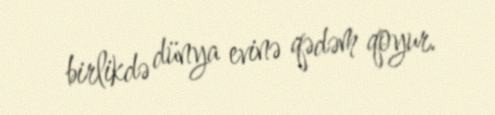
birlikdə dünya evinə qədəm qoyur.